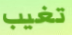
تغيب